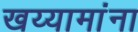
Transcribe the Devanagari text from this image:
खय्यामांना